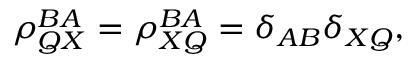
\rho _ { Q X } ^ { B A } = \rho _ { X Q } ^ { B A } = \delta _ { A B } \delta _ { X Q } ,